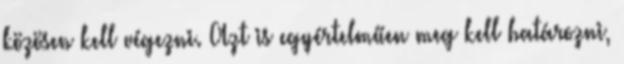
közösen kell végezni. Azt is egyértelműen meg kell határozni,